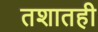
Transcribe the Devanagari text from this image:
तशातही